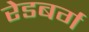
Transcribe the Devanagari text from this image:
रेडबर्ग